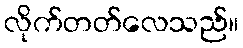
လိုက်တတ်လေသည်။